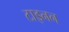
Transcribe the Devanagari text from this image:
टाइनन